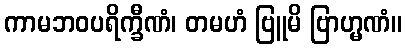
ကာမဘဝပရိက္ခီဏံ၊ တမဟံ ဗြူမိ ဗြာဟ္မဏံ။